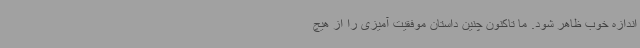
اندازه خوب ظاهر شود. ما تاکنون چنین داستان موفقیت آمیزی را از هیچ